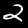
Label: 2